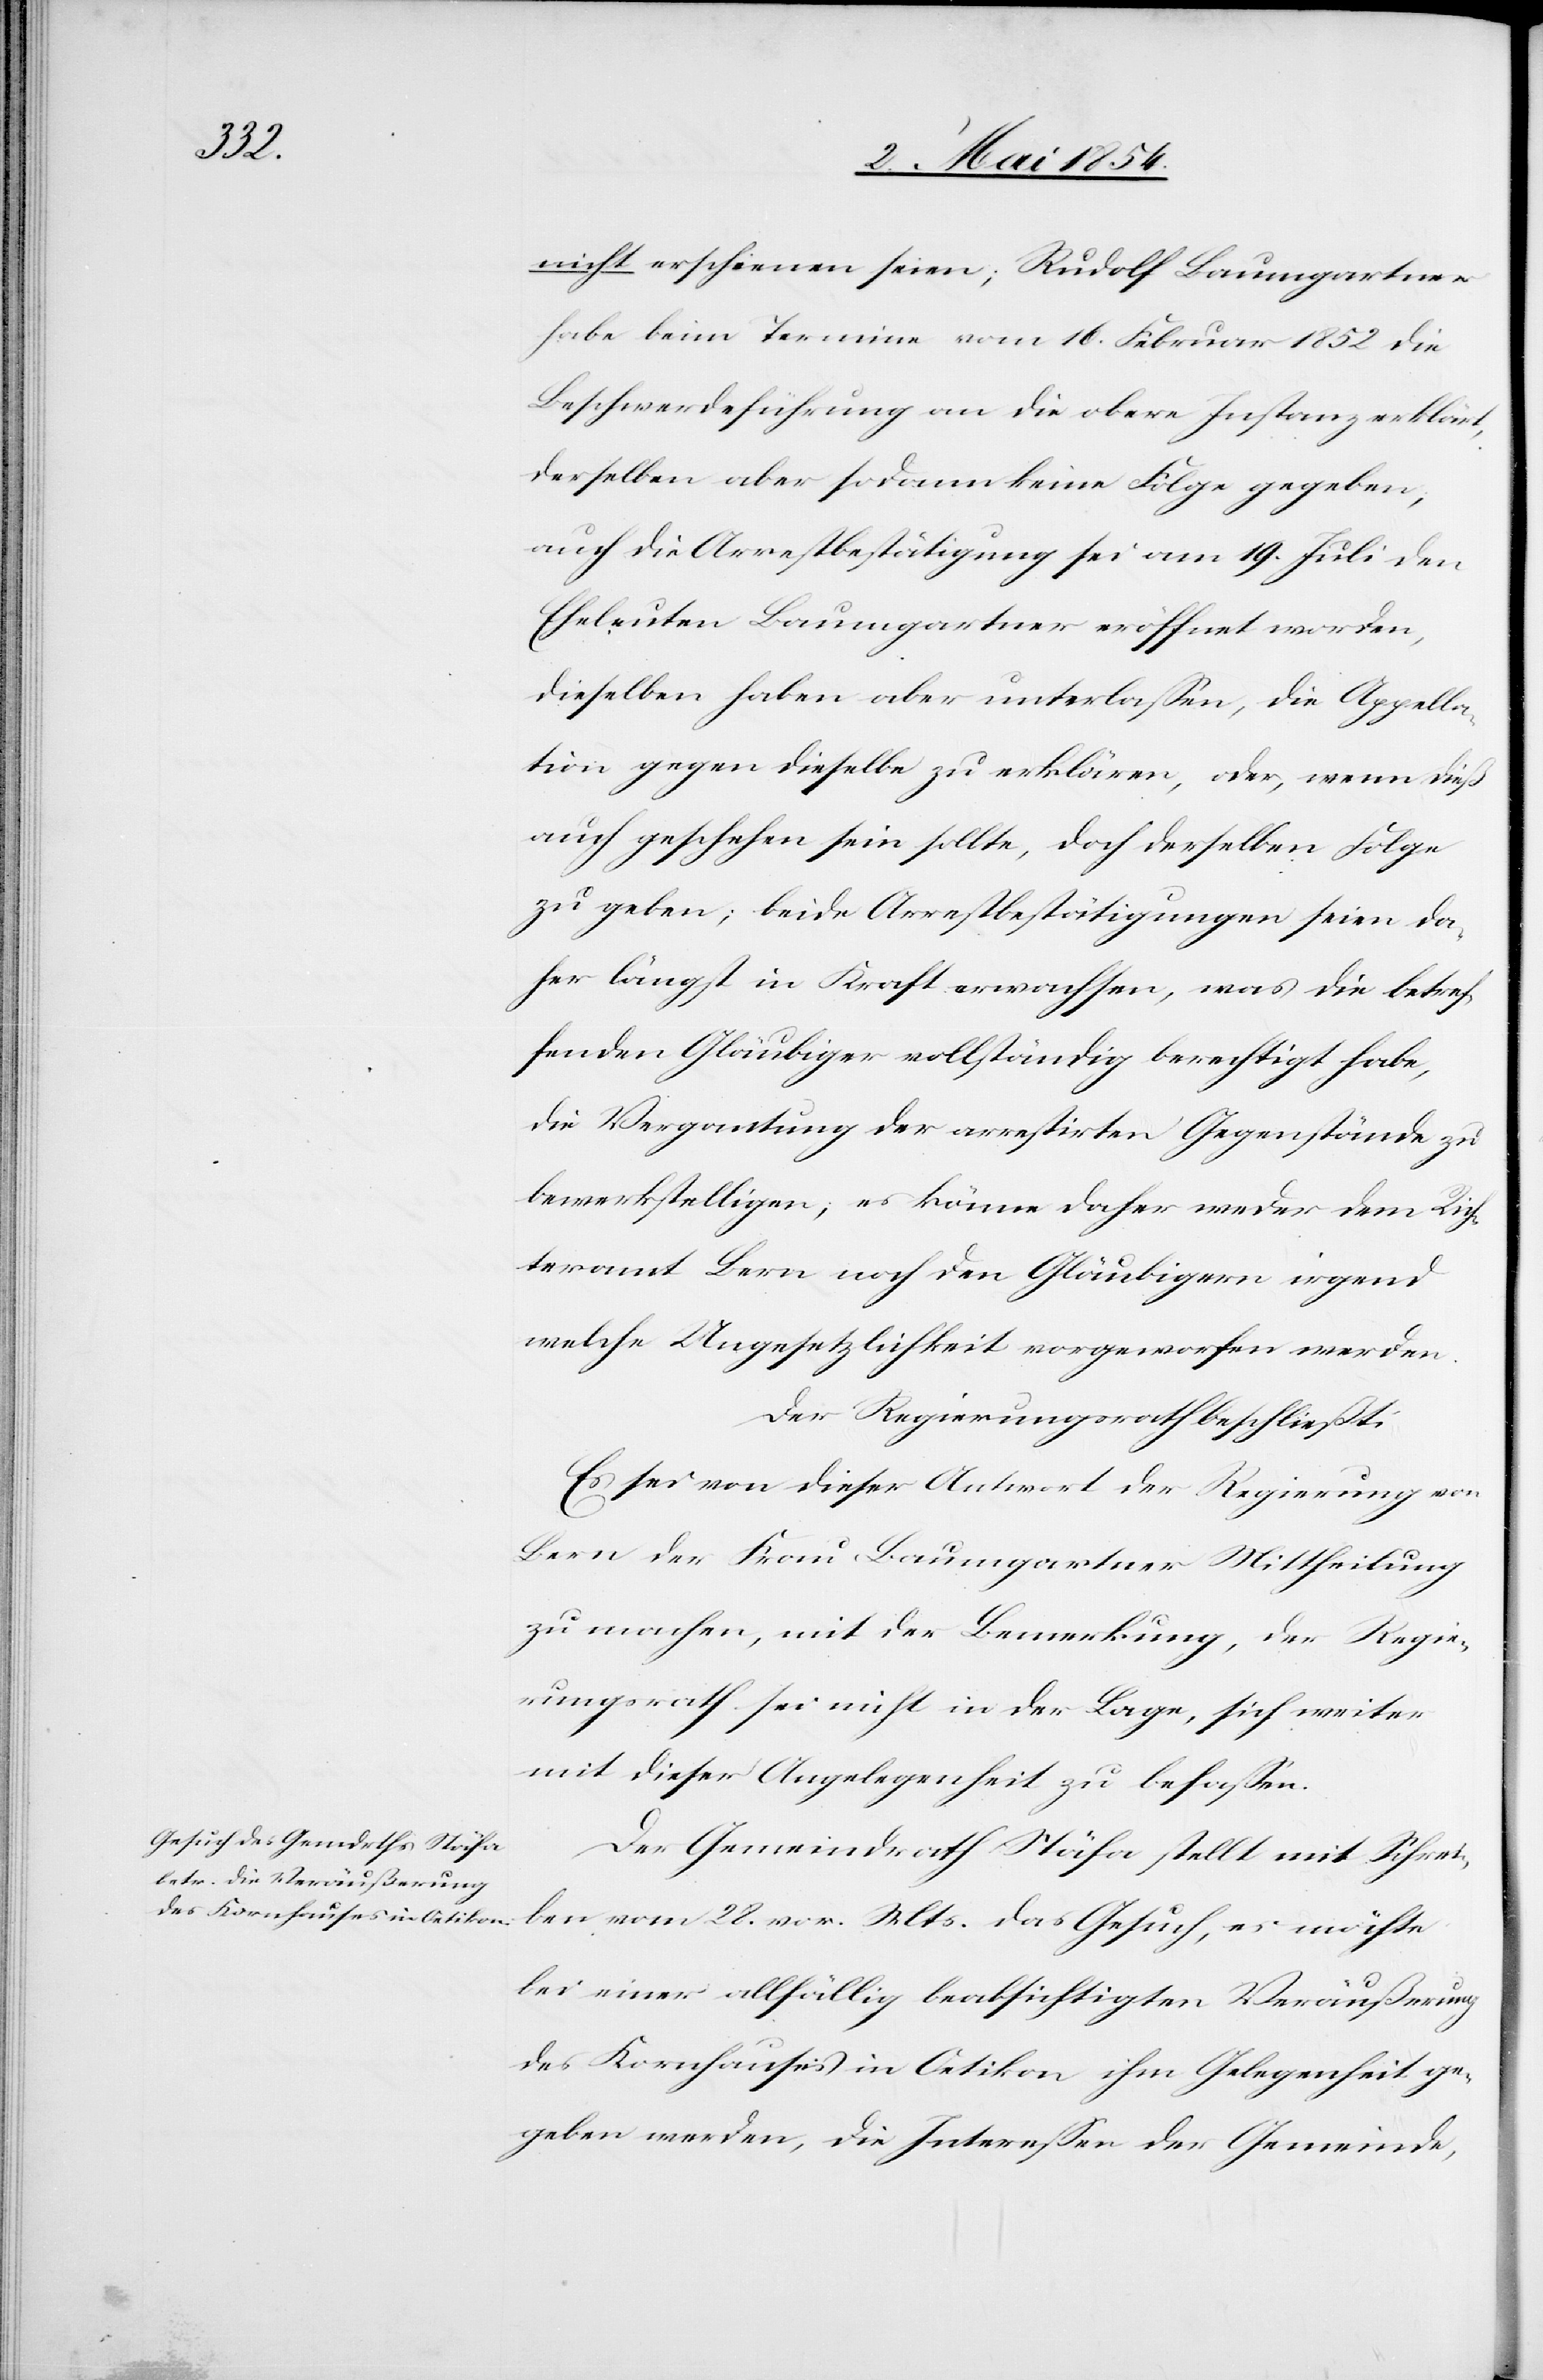
nicht erschienen seien; Rudolf Baumgartner
habe beim Termine vom 16. Februar 1852 die
Beschwerdeführung an die obere Instanz erklärt,
derselben aber sodann keine Folge gegeben;
auch die Arrestbestätigung sei am 19. Juli den
Eheleuten Baumgartner eröffnet worden,
dieselben haben aber unterlaßen, die Appella¬
tion gegen dieselbe zu erklären, oder, wenn dieß
auch geschehen sein sollte, doch derselben Folge
zu geben; beide Arrestbestätigungen seien da¬
her längst in Kraft erwachsen, was die betref¬
fenden Gläubiger vollständig berechtigt habe,
die Vergantung der arrestirten Gegenstände zu
bewerkstelligen; es könne daher weder dem Rich¬
teramt Bern noch den Gläubigern irgend
welche Ungesetzlichkeit vorgeworfen werden.
Der Regierungsrath beschließt:
Es sei von dieser Antwort der Regierung von
Bern der Frau Baumgartner Mittheilung
zu machen, mit der Bemerkung, der Regie¬
rungsrath sei nicht in der Lage, sich weiter
mit dieser Angelegenheit zu befaßen.
Der Gemeindrath Stäfa stellt mit Schrei¬
ben vom 28. vor. Mts. das Gesuch, es möchte
bei einer allfällig beabsichtigten Veräußerung
des Kornhauses in Oetikon ihm Gelegenheit ge¬
geben werden, die Intereßen der Gemeinde,